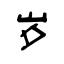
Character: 岁